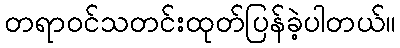
တရာဝင်သတင်းထုတ်ပြန်ခဲ့ပါတယ်။